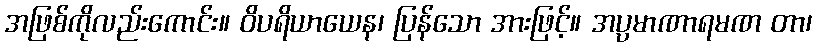
အဖြစ်ကိုလည်းကောင်း။ ဝိပရိယာယေန၊ ပြန်သော အားဖြင့်။ အပ္ပမာဏာရမဏ တာ၊